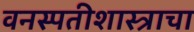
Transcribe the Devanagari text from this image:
वनस्पतीशास्त्राचा